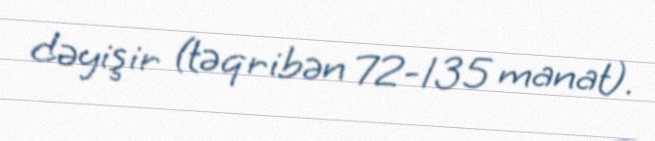
dəyişir (təqribən 72-135 manat).